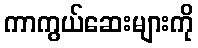
ကာကွယ်ဆေးများကို